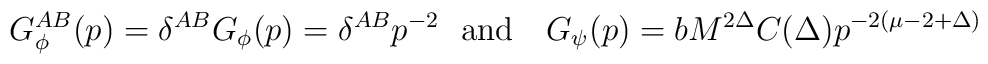
G^{AB}_{\phi}(p)=\delta^{AB}G_{\phi}(p)={\delta^{AB}}{p^{-2}}\ \ \mbox{and} \ \ \ G_{\psi}(p)={b}M^{2\Delta}C(\Delta){p^{-2(\mu-2+\Delta)}}